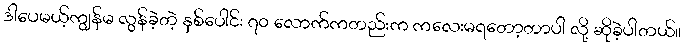
ဒါပေမယ့်ကျွန်မ လွန်ခဲ့တဲ့ နှစ်ပေါင်း ၇၀ လောက်ကတည်းက ကလေးမရတော့တာပါ လို့ ဆိုခဲ့ပါတယ်။